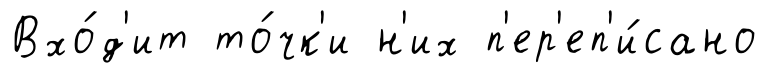
Вхо́д'ит то́чк'и н'их п'ер'еп'и́сано